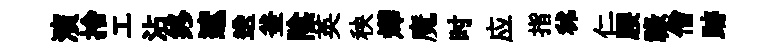
演捨工沾终遮送釜隂英秧燁魔时应指秫仁腰禄僧跡